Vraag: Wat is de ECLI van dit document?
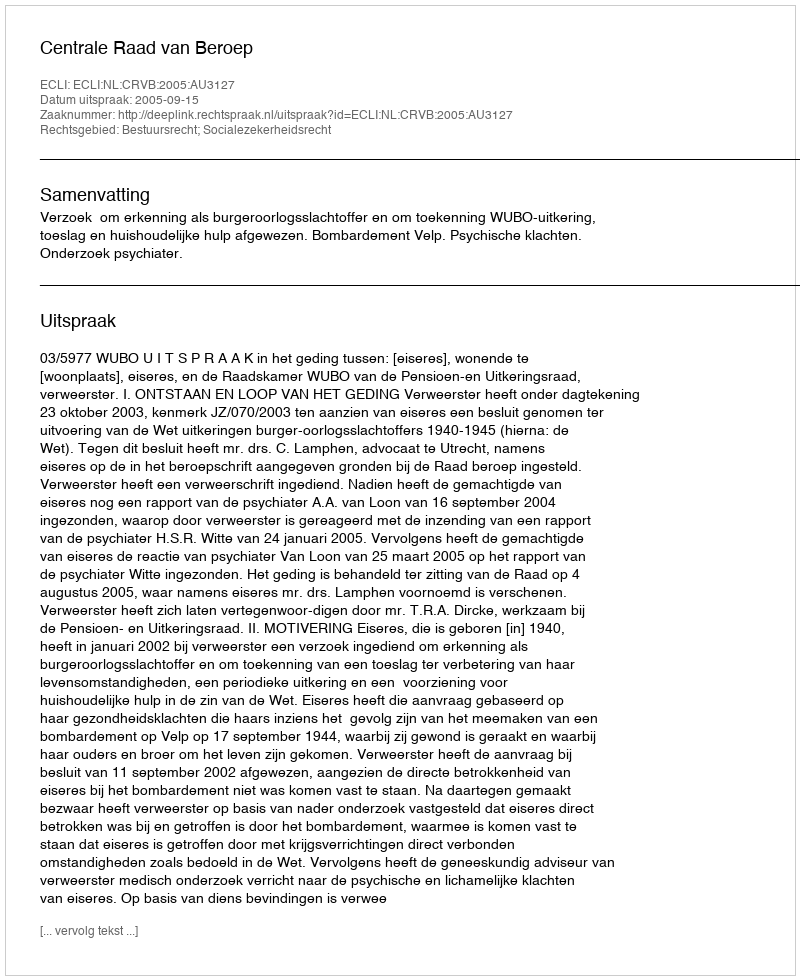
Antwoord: ECLI:NL:CRVB:2005:AU3127